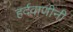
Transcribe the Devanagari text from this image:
हर्दवाणींनी